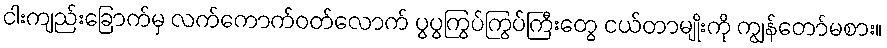
ငါးကျည်းခြောက်မှ လက်ကောက်ဝတ်လောက် ပွပွကြွပ်ကြွပ်ကြီးတွေ ငယ်တာမျိုးကို ကျွန်တော်မစား။